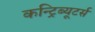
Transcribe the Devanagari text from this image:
कन्ट्रिब्यूटर्स